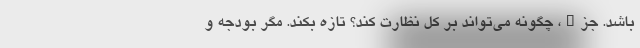
باشد. جزء، چگونه می‌تواند بر کل نظارت کند؟ تازه بکند. مگر بودجه و